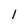
Character: 1